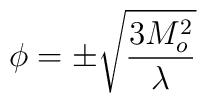
\phi  = \pm{\sqrt{ {{3 M_o^2} \over \lambda}}}